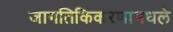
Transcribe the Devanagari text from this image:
जागतिकिकरणामधले